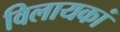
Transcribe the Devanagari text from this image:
विलायकां